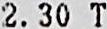
2.30 T